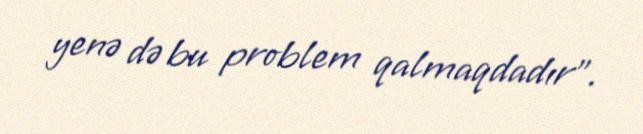
yenə də bu problem qalmaqdadır”.